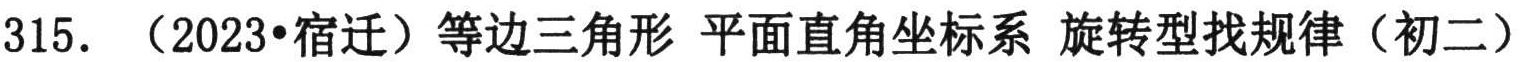
315. （2023•宿迁）等边三角形 平面直角坐标系 旋转型找规律（初二）